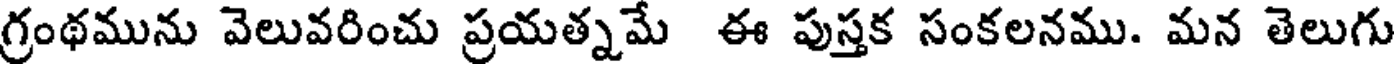
గ్రంథమును వెలువరించు ప్రయత్నమే ఈ పుస్తక సంకలనము. మన తెలుగు